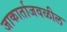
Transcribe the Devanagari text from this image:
जाकार्ताजवळील